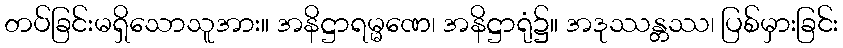
တပ်ခြင်းမရှိသောသူအား။ အနိဋ္ဌာရမ္မဏေ၊ အနိဋ္ဌာရုံ၌။ အဒုဿန္တဿ၊ ပြစ်မှားခြင်း